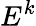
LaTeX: E^{k}